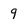
Character: 9